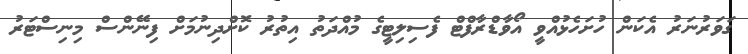
ގަވަރުނަރު އެކަން ހުށަހެޅުއްވީ އޯވާޑްރާފްޓް ފެސިލިޓީގެ މުއްދަތު އިތުރު ކޮށްދިނުމަށް ފިނޭންސް މިނިސްޓަރު